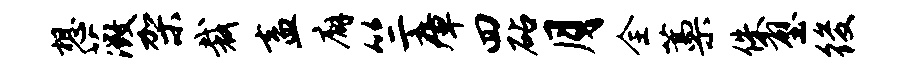
想薇架裁盍廨竺瘴四砧月全藁侏壁後